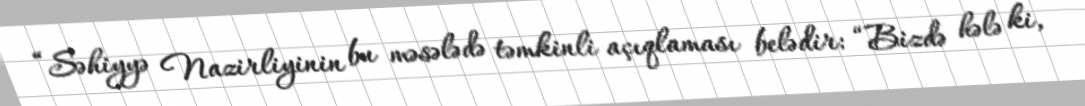
“Səhiyyə Nazirliyinin bu məsələdə təmkinli açıqlaması belədir: “Bizdə hələ ki,